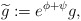
\begin{align*}\widetilde{g}:=e^{\phi+\psi}g,\end{align*}